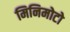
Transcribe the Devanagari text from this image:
मिनिमोटो